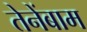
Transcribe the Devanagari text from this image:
तेनेंबाम